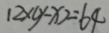
1 2 \times ( y - x ) = 6 4